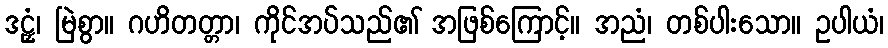
ဒဠှံ၊ မြဲစွာ။ ဂဟိတတ္တာ၊ ကိုင်အပ်သည်၏ အဖြစ်ကြောင့်။ အညံ၊ တစ်ပါးသော။ ဥပါယံ၊